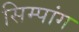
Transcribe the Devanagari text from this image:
सिम्पांग